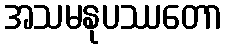
အသမနုပဿတော